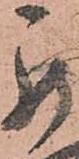
罷